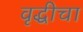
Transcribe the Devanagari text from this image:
वृद्धीचा